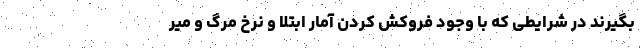
بگیرند در شرایطی که با وجود فروکش کردن آمار ابتلا و نرخ مرگ و میر